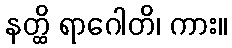
နတ္ထိ ရာဂေါတိ၊ ကား။